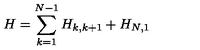
H = \sum _ { k = 1 } ^ { N - 1 } H _ { k , k + 1 } + H _ { N , 1 }